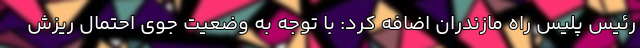
رئیس پلیس راه مازندران اضافه کرد: با توجه به وضعیت جوی احتمال ریزش